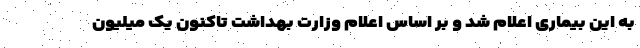
به این بیماری اعلام شد و بر اساس اعلام وزارت بهداشت تاکنون یک میلیون